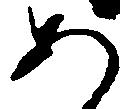
あ